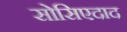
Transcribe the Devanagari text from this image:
सोसिएदाद